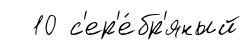
10 с'ер'е́бр'яный